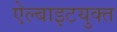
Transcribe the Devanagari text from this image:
ऐल्बाइटयुक्त